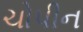
ચોપીન